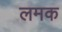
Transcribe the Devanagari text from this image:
लमक